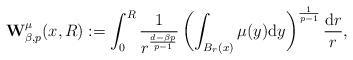
LaTeX: \begin{align*}{\bf W}^\mu_{\beta,p}(x,R):=\int_0^R\frac{1}{r^\frac{d-\beta p}{p-1}}\left(\int_{B_r(x)}\mu(y){\rm d}y\right)^\frac{1}{p-1}\frac{{\rm d}r}{r},\end{align*}